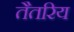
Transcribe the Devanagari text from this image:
तैतरिय